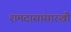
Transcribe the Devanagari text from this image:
रामदासांसारखी